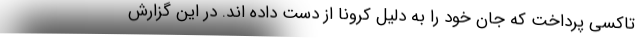
تاکسی پرداخت که جان خود را به دلیل کرونا از دست داده اند. در این گزارش